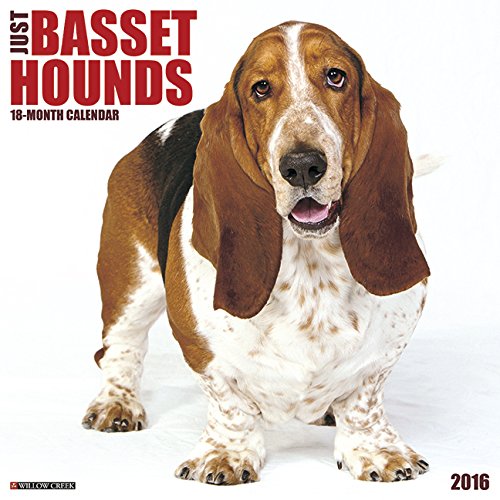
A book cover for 2016 Just Basset Hounds Wall Calendar; Willow Creek Press; Calendars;